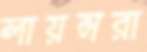
লায়ন্সরা